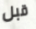
قبل